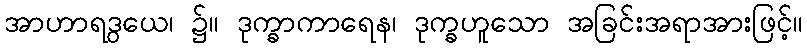
အာဟာရဒွယေ၊ ၌။ ဒုက္ခာကာရေန၊ ဒုက္ခဟူသော အခြင်းအရာအားဖြင့်။